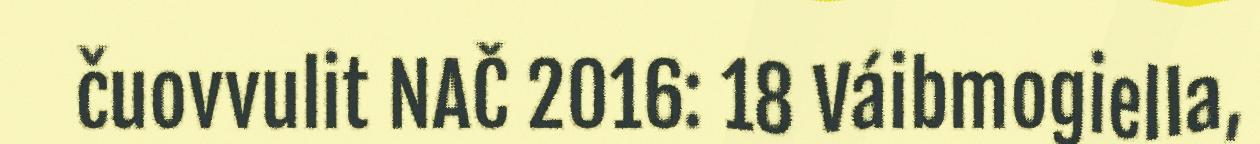
čuovvulit NAČ 2016: 18 Váibmogiella,